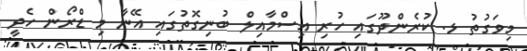
މިވަގުތު ޅ. ކުރެންދޫގައި ހުރި އިސްމާއިލް ބުނިގޮތުގައި އޭނާ މި ޑްރޯން ހެދީ